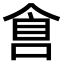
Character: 𠋑